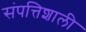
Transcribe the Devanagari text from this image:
संपत्तिशाली